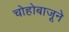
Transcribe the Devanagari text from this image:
चोहोबाजूने